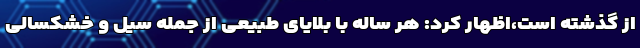
از گذشته است،اظهار کرد: هر ساله با بلایای طبیعی از جمله سیل و خشکسالی